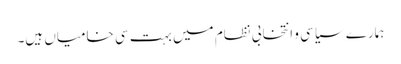
ہمارے سیاسی و انتخابی نظام میں بہت سی خامیاں ہیں۔